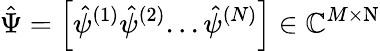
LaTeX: \hat{\Psi}=\left[\hat{\psi}^{(1)}\hat{\psi}^{(2)}...\hat{\psi}^{(N)}\right]\in\mathbb{C}^{M\times\mathrm N}